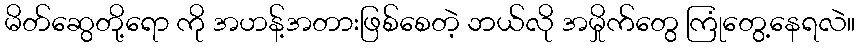
မိတ်ဆွေတို့ရော ကို အဟန့်အတားဖြစ်စေတဲ့ ဘယ်လို အမှိုက်တွေ ကြုံတွေ့နေရလဲ။